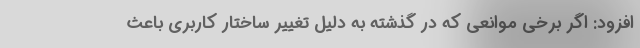
افزود: اگر برخی موانعی که در گذشته به دلیل تغییر ساختار کاربری باعث